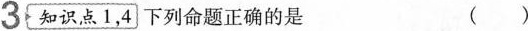
3 知识点1，4 下列命题正确的是 ()